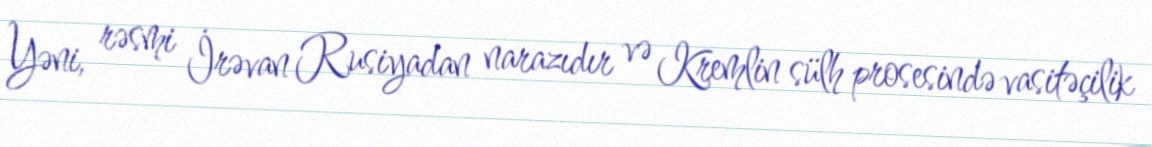
Yəni, rəsmi İrəvan Rusiyadan narazıdır və Kremlin sülh prosesində vasitəçilik